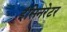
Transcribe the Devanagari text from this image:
इंसिनरेटर